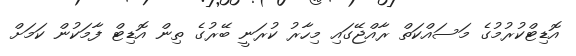
އޮޑިޓްކުރުމުގެ މަސައްކަތް ރާއްޖޭގައި މިހާރު ކުރަނީ ބޭރުގެ ތިން އޮޑިޓް ފާމަކުން ކަމަށް